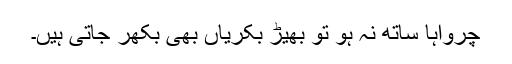
چرواہا ساتھ نہ ہو تو بھیڑ بکریاں بھی بکھر جاتی ہیں۔